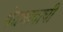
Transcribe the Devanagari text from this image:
भेदभावाची